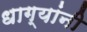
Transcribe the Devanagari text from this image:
धाग्‍यांनी